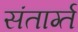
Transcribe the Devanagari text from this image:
संतार्ग्त